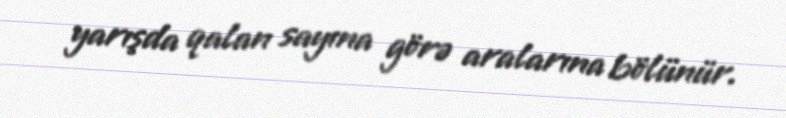
yarışda qalan sayına görə aralarına bölünür.